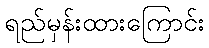
ရည်မှန်းထားကြောင်း